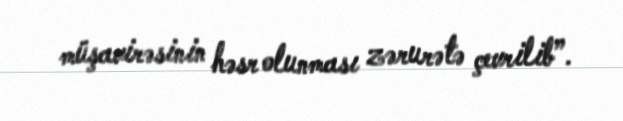
müşavirəsinin həsr olunması zərurətə çevrilib”.